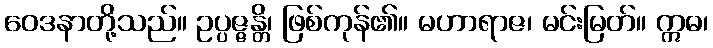
ဝေဒနာတို့သည်။ ဥပ္ပဇ္ဇန္တိ၊ ဖြစ်ကုန်၏။ မဟာရာဇ၊ မင်းမြတ်။ ဣဓ၊